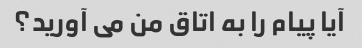
آیا پیام را به اتاق من می آورید؟